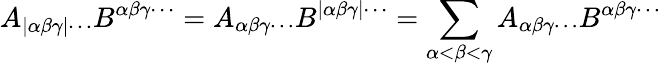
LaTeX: A_{|\alpha\beta\gamma|\cdots}B^{\alpha\beta\gamma\cdots}=A_{\alpha\beta\gamma\cdots}B^{|\alpha\beta\gamma|\cdots}=\sum_{\alpha<\beta<\gamma}A_{\alpha\beta\gamma\cdots}B^{\alpha\beta\gamma\cdots}